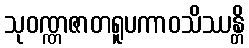
သုဝဏ္ဏဇာတရူပကာဝသိဿန္တိ